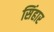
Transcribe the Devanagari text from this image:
सिंहार